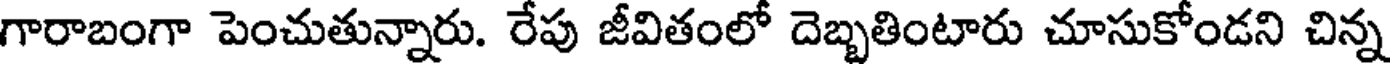
గారాబంగా పెంచుతున్నారు. రేపు జీవితంలో దెబ్బతింటారు చూసుకోండని చిన్న